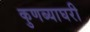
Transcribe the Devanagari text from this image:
कुणब्याघरी